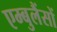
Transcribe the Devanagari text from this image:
एम्बुलैंसों